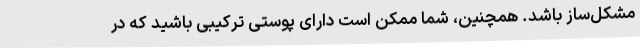
مشکل‌ساز باشد. همچنین، شما ممکن است دارای پوستی ترکیبی باشید که در